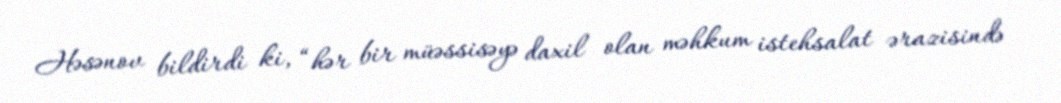
Həsənov bildirdi ki, “hər bir müəssisəyə daxil olan məhkum istehsalat ərazisində